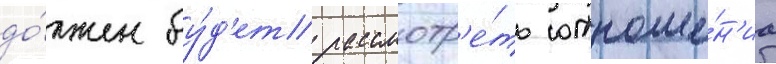
до́лжен бу́д'ет рассмотр'е́ть отноше́н'иа